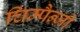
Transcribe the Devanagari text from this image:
चिम्पैन्ज़ी